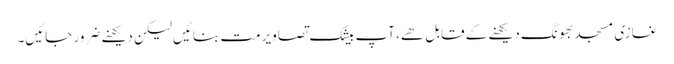
غازی مسجد بھونگ دیکھنے کے قابل ھے، آپ بیشک تصاویر مت بنائیں لیکن دیکھنے ضرور جائیں۔